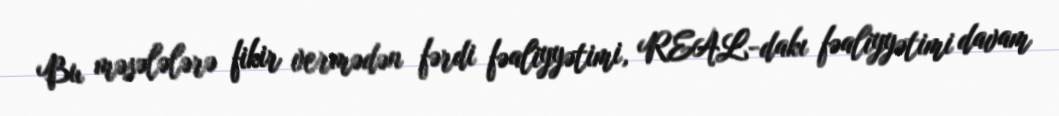
Bu məsələlərə fikir vermədən fərdi fəaliyyətimi, REAL-dakı fəaliyyətimi davam